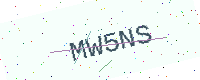
Text: MW5NS